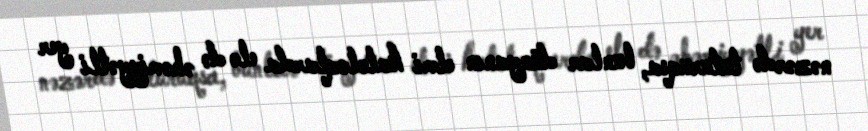
nəzərdə tuturuqsa, bunlar dünyanın elmi katoloqlarda elə də əhəmiyyətli yer